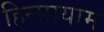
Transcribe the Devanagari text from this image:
हिन्सायाम